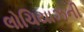
લોચિયાઝની